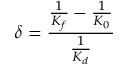
\delta = \frac { \frac { 1 } { K _ { f } } - \frac { 1 } { K _ { 0 } } } { \frac { 1 } { K _ { d } } }